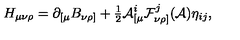
H _ { \mu \nu \rho } = \partial _ { [ \mu } B _ { \nu \rho ] } + { \textstyle \frac { 1 } { 2 } } { \cal A } _ { [ \mu } ^ { i } { \cal F } _ { \nu \rho ] } ^ { j } ( { \cal A } ) \eta _ { i j } ,